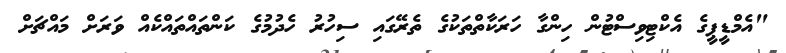
"އެމްޑީޕީގެ އެކްޓިވިސްޓުން ހިންގާ ހަރަކާތްތަކުގެ ތެރޭގައި ސިހުރު ހެދުމުގެ ކަންތައްތައްކެއް ވަރަށް މައްޗަށް